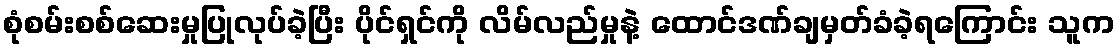
စုံစမ်းစစ်ဆေးမှုပြုလုပ်ခဲ့ပြီး ပိုင်ရှင်ကို လိမ်လည်မှုနဲ့ ထောင်ဒဏ်ချမှတ်ခံခဲ့ရကြောင်း သူက